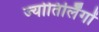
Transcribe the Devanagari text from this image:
ज्‍योतिर्लिंगों